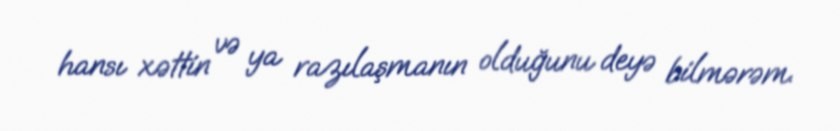
hansı xəttin və ya razılaşmanın olduğunu deyə bilmərəm.